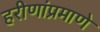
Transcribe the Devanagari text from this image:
हरीणांप्रमाणे